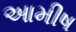
આમીષ